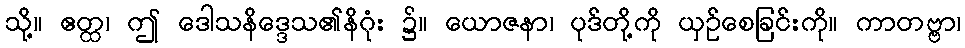
သို့။ ဧတ္ထ၊ ဤ ဒေါသနိဒ္ဒေသ၏နိဂုံး ၌။ ယောဇနာ၊ ပုဒ်တို့ကို ယှဉ်စေခြင်းကို။ ကာတဗ္ဗာ၊